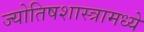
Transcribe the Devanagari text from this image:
ज्योतिषशास्त्रामध्ये